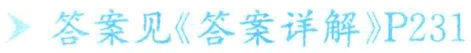
\( \rightharpoonup  \)答案见《答案详解》P231